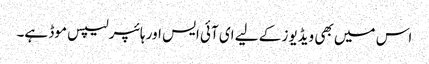
اس میں بھی ویڈیوز کے لیے ای آئی ایس اور ہائپر لیپس موڈ ہے۔